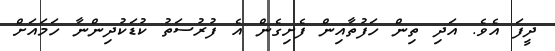
ދީފަ އެވެ. އަދި ތިން ހަފުތާއިން ފެށިގެން އެ ފުރުސަތު ކުޑަކުދިންނާ ހަމައަށް